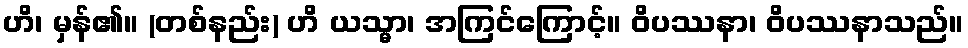
ဟိ၊ မှန်၏။ (တစ်နည်း) ဟိ ယသ္မာ၊ အကြင်ကြောင့်။ ဝိပဿနာ၊ ဝိပဿနာသည်။